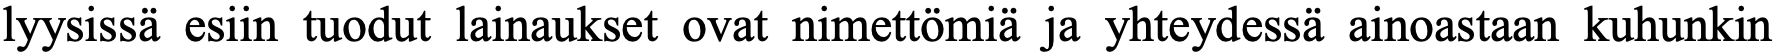
lyysissä esiin tuodut lainaukset ovat nimettömiä ja yhteydessä ainoastaan kuhunkin